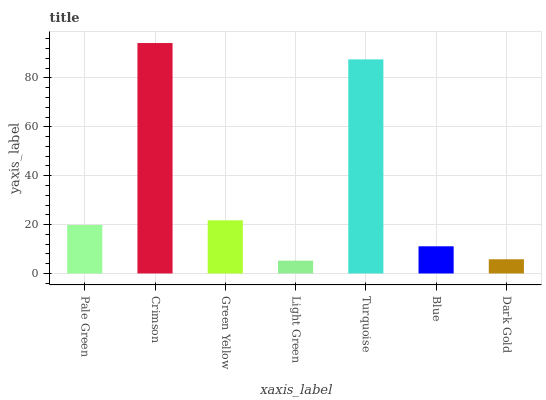
| xaxis_label | bars |
 | --- | --- |
 | Pale Green | 19.8 |
 | Crimson | 94.3 |
 | Green Yellow | 21.8 |
 | Light Green | 5.25 |
 | Turquoise | 87.6 |
 | Blue | 11.1 |
 | Dark Gold | 5.81 |